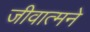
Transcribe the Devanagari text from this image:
जीवात्मने